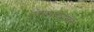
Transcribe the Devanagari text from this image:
शोषणाचेदेखील